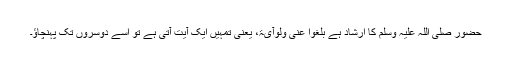
حضور صلی اللہ علیہ وسلم کا ارشاد ہے بلغوا عنی ولوآیۃ، یعنی تمہیں ایک آیت آتی ہے تو اسے دوسروں تک پہنچاؤ۔